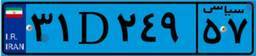
۳۱D۲۴۹۵۷